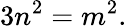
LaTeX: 3n^{2}=m^{2}.